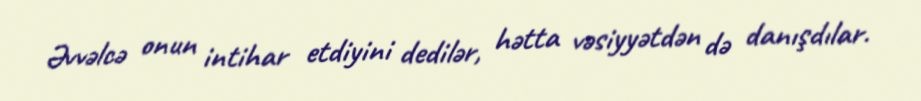
Əvvəlcə onun intihar etdiyini dedilər, hətta vəsiyyətdən də danışdılar.